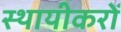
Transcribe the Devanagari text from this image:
स्थायीकरों